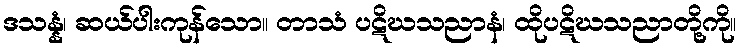
ဒသန္နံ၊ ဆယ်ပါးကုန်သော။ တာသံ ပဋိဃသညာနံ၊ ထိုပဋိဃသညာတို့ကို။